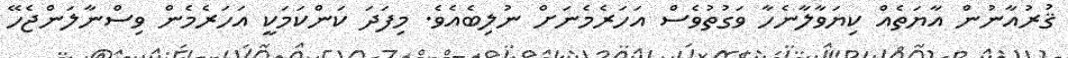
ޤުރުއާނުން އާޔަތެެއް ކިޔަވާލާނެހާ ވަގުތުވެސް އަހަރެމެނަށް ނުލިބެއެވެ. މިފަދަ ކަންކަމަކީ އަހަރެމެން ވިސްނާލަންޖެހޭ